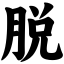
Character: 脱